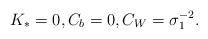
LaTeX: \begin{align*} K_*=0,C_b=0,C_W=\sigma_1^{-2}.\end{align*}